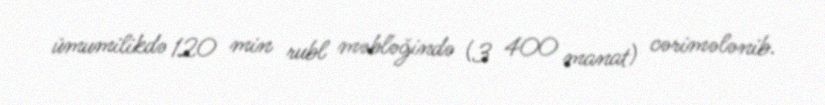
ümumilikdə 120 min rubl məbləğində (3 400 manat) cərimələnib.